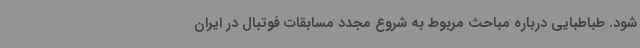
شود. طباطبایی درباره مباحث مربوط به شروع مجدد مسابقات فوتبال در ایران